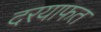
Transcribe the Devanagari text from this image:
दरयाफत